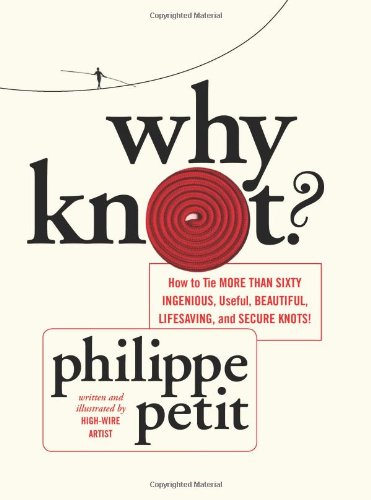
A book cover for Why Knot?: How to Tie More than Sixty Ingenious, Useful, Beautiful, Lifesaving, and Secure Knots!; Philippe Petit; Engineering & Transportation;